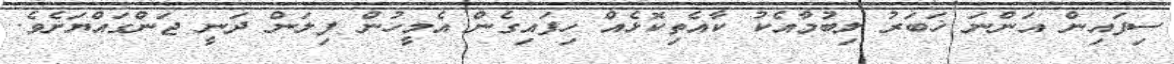
ސިފައިން އަންނަ ޚަބަރު ލިބުމާއެކު ކާއެތިކޮޅެއް ހިފައިގެން އެމީހުން ފިލަން ދަނީ ޖަންގައްޔަށެވެ.